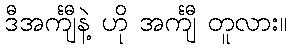
ဒီအင်္ကျီနဲ့ ဟို အင်္ကျီ တူလား။